Report on sanitation, dispensaries, and jails in Rajputana for 1915, and on vaccination for the year 1915-1916 - 1915-1916
Year: 1915
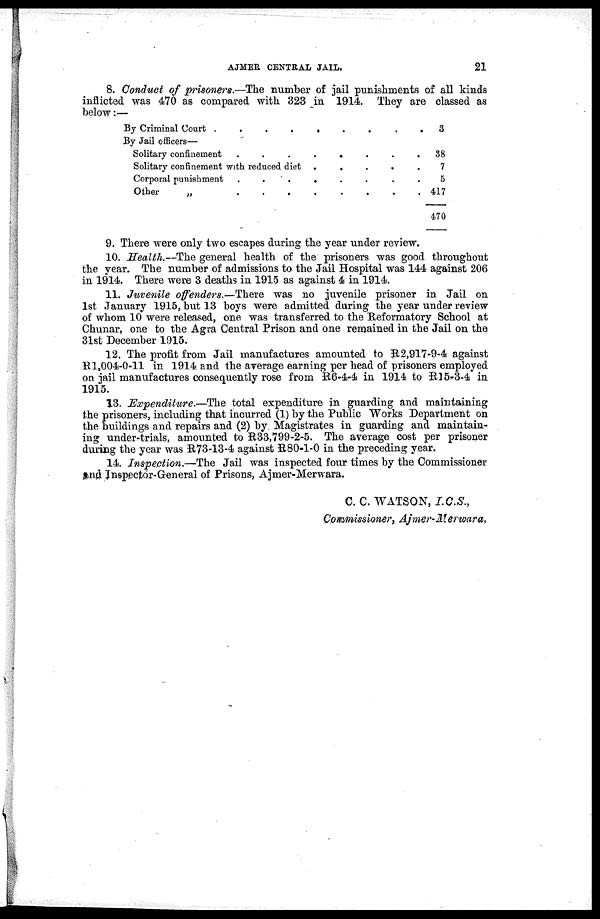
AJMER CENTRAL JAIL.
21
8. Conduct of prisoners.—The number of jail punishments of all kinds
inflicted was 470 as compared with 323 in 1914. They are classed as
below:—
By Criminal Court .
.
.
.
.
.
.
.
By Jail officers—
Solitary confinement
.
.
.
.
.
.
.
.
Solitary confinement with reduced diet .
.
.
.
.
Corporal punishment
.
.
.
.
.
.
.
Other
„
.
.
.
.
.
.
.
.
3
38
7
5
417
470
9. There were only two escapes during the year under review.
10. Health.—The general health of the prisoners was good throughout
the year. The number of admissions to the Jail Hospital was 144 against 206
in 1914. There were 3 deaths in 1915 as against 4 in 1914.
11. Juvenile offenders.—There was no juvenile prisoner in Jail on
1st January 1915, but 13 boys were admitted during the year under review
of whom 10 were released, one was transferred to the Reformatory School at
Chunar, one to the Agra Central Prison and one remained in the Jail on the
31st December 1915.
12. The profit from Jail manufactures amounted to R2,917-9-4 against
R1,004-0-11 in 1914 and the average earning per head of prisoners employed
on jail manufactures consequently rose from R6-4-4 in 1914 to R15-3-4 in
1915.
13. Expenditure—The
total expenditure in guarding and maintaining
the prisoners, including that incurred (1) by the Public Works Department on
the buildings and repairs and (2) by Magistrates in guarding and maintain-
ing under-trials, amounted to R33,799-2-5. The average cost per prisoner
during the year was R73-13-4 against R80-1-0 in the preceding year.
14. Inspection.—The Jail was inspected four times by the Commissioner
and Inspector-General of Prisons, Ajmer-Merwara.
C. C.WATSON, I.C.S.,
Commissioner, Ajmer-Merwara.